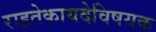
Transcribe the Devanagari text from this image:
राहतेकायदेविषयक